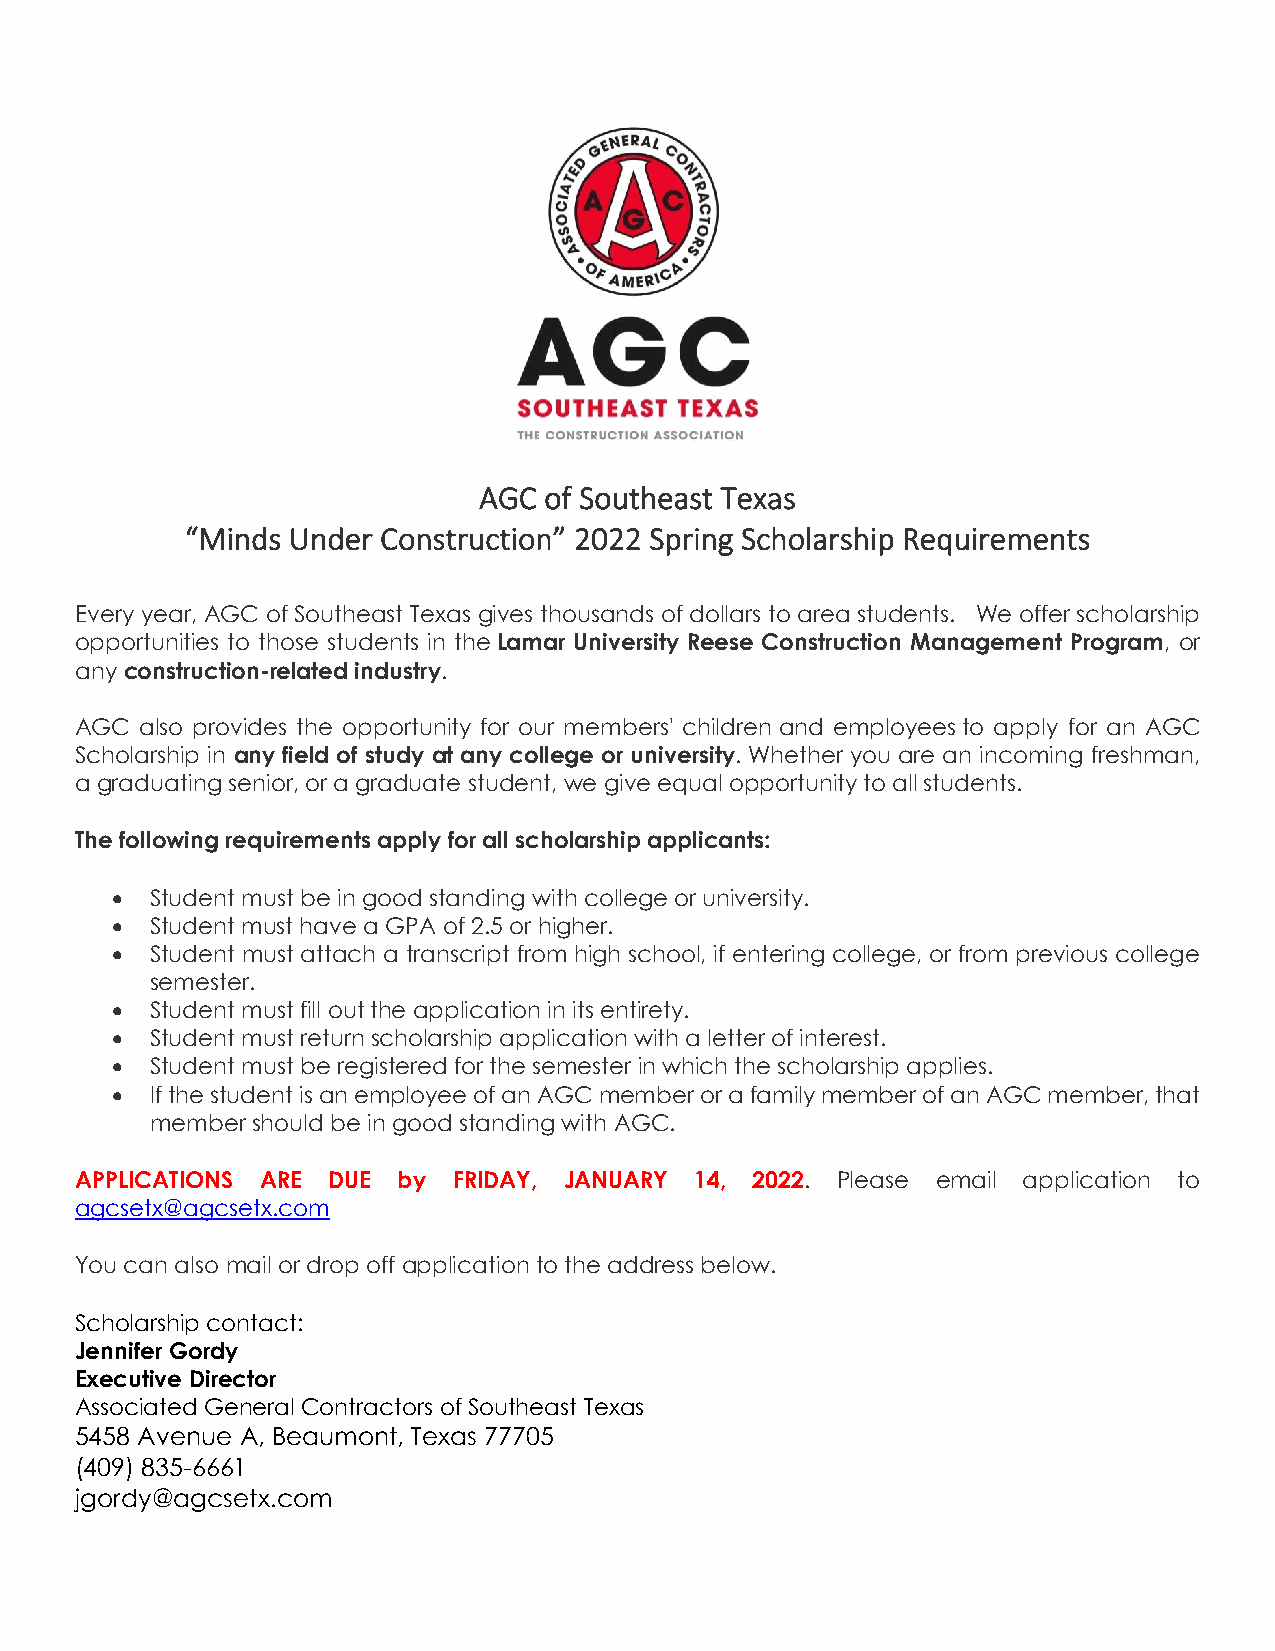
AGC of Southeast Texas
 “Minds Under Construction” 2022 Spring Scholarship Requirements
 Every year, AGC of Southeast Texas gives thousands of dollars to area students. We offer scholarship
 opportunities to those students in the Lamar University Reese Construction Management Program, or
 any construction-related industry.
 AGC also provides the opportunity for our members' children and employees to apply for an AGC
 Scholarship in any field of study at any college or university. Whether you are an incoming freshman,
 a graduating senior, or a graduate student, we give equal opportunity to all students.
 The following requirements apply for all scholarship applicants:
 •  Student must be in good standing with college or university.
 •  Student must have a GPA of 2.5 or higher.
 •  Student must attach a transcript from high school, if entering college, or from previous college
 semester.
 •  Student must fill out the application in its entirety.
 •  Student must return scholarship application with a letter of interest.
 •  Student must be registered for the semester in which the scholarship applies.
 •  If the student is an employee of an AGC member or a family member of an AGC member, that
 member should be in good standing with AGC.
 APPLICATIONS ARE DUE by  FRIDAY, JANUARY 14, 2022. Please email application to
 agcsetx@agcsetx.com
 You can also mail or drop off application to the address below.
 Scholarship contact:
 Jennifer Gordy
 Executive Director
 Associated General Contractors of Southeast Texas
 5458 Avenue A, Beaumont, Texas 77705
 (409) 835-6661
 jgordy@agcsetx.com